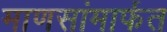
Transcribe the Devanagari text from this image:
माणसांमार्फत